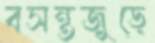
বসন্তজুড়ে